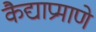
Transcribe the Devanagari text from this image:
कैद्याप्रमाणे